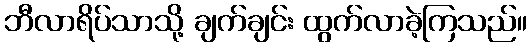
ဘီလာရိပ်သာသို့ ချက်ချင်း ထွက်လာခဲ့ကြသည်။